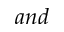
a n d